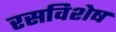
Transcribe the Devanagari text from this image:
रसविशेष